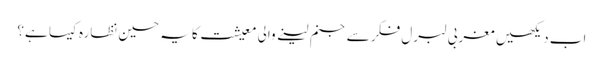
اب دیکھیں مغربی لبرل فکر سے جنم لینے والی معیشت کا یہ حسین نظارہ کیسا ہے؟